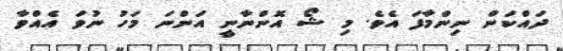
ދައްކަން ނިންމާފަ އެވެ. މި ޝޯ އޮންނާނީ އަންނަ މަހު ނުވަ އެއްވާ